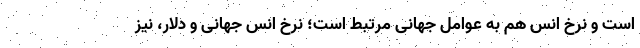
است و نرخ انس هم به عوامل جهانی مرتبط است؛ نرخ انس جهانی و دلار، نیز